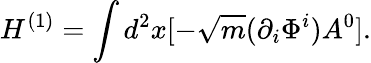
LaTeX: H^{(1)}=\int d^{2}x[-\sqrt{m}(\partial_{i}\Phi^{i})A^{0}].